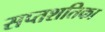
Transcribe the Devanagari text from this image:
सप्तशतिका